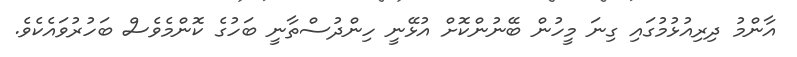
އާންމު ދިރިއުޅުމުގައި ގިނަ މީހުން ބޭނުންކޮށް އުޅޭނީ ހިންދުސްތާނީ ބަހުގެ ކޮންމެވެސް ބަހުރުވައެކެވެ.